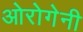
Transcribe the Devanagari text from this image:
ओरोगेनी